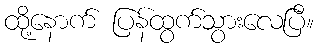
ထို့နောက် ပြန်ထွက်သွားလေပြီ။